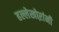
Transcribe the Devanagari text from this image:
हल्लेखोऱांनी